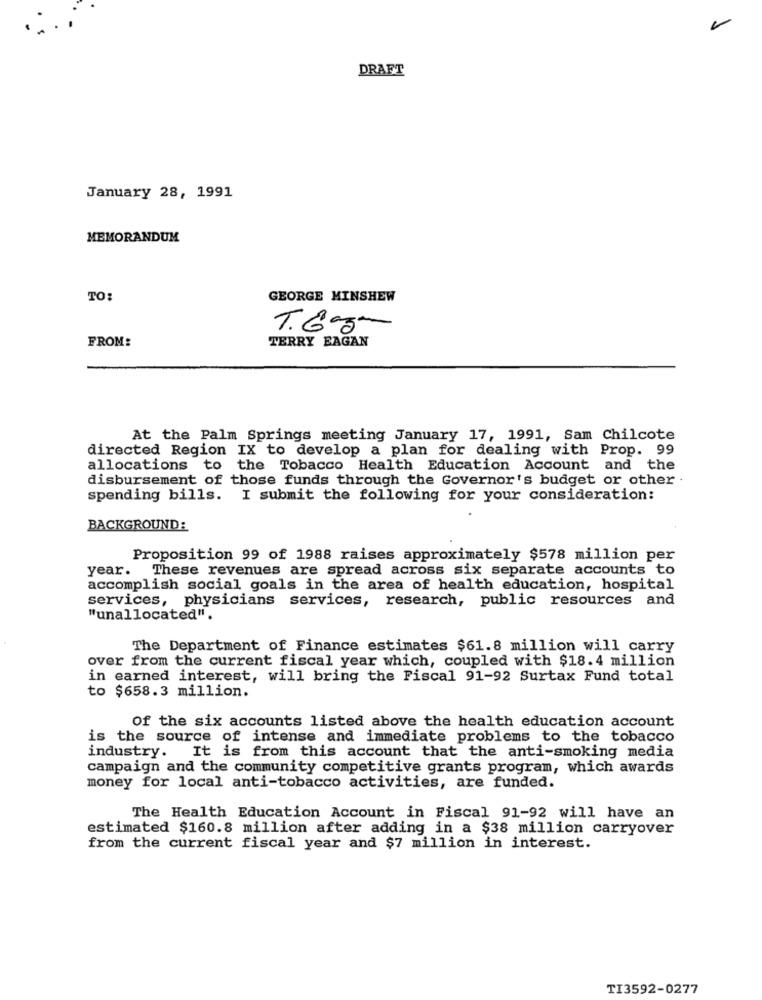
DRAFT
January 28, 1991
MEMORANDUM
TO:
GEORGE MINSHEW
T. Baja
FROM:
TERRY EAGAN
At the Palm Springs meeting January 17, 1991, Sam Chilcote
directed Region IX to develop a plan for dealing with Prop. 99
allocations to the Tobacco Health Education Account and the
disbursement of those funds through the Governor's budget or other
spending bills. I submit the following for your consideration:
BACKGROUND:
Proposition 99 of 1988 raises approximately $578 million per
year.
These revenues are spread across six separate accounts to
accomplish social goals in the area of health education, hospital
services, physicians services, research, public resources and
"unallocated".
The Department of Finance estimates $61.8 million will carry
over from the current fiscal year which, coupled with $18.4 million
in earned interest, will bring the Fiscal 91-92 Surtax Fund total
to $658.3 million.
Of the six accounts listed above the health education account
is the source of intense and immediate problems to the tobacco
industry. It is from this account that the anti-smoking media
campaign and the community competitive grants program, which awards
money for local anti-tobacco activities, are funded.
The Health Education Account in Fiscal 91-92 will have an
estimated $160.8 million after adding in a $38 million carryover
from the current fiscal year and $7 million in interest.
TI3592-0277